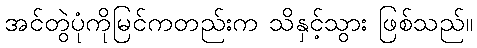
အင်တွဲပုံကိုမြင်ကတည်းက သိနှင့်သွား ဖြစ်သည်။